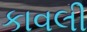
કાવલી